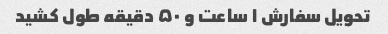
تحویل سفارش ۱ ساعت و ۵۰ دقیقه طول کشید